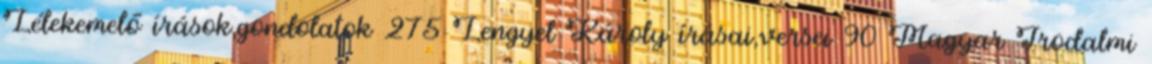
Lélekemelő írások,gondolatok 275 Lengyel Károly írásai,versei 90 Magyar Irodalmi